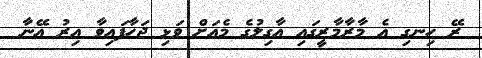
ރޭ ހިނގި އެ މާރާމާރީގައި އާގިލުގެ މެއަށް ވަޅި ޖަހާފައިވާ އިރު އޭނާ